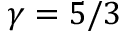
\gamma = 5 / 3